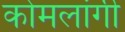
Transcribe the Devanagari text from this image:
कोमलांगी